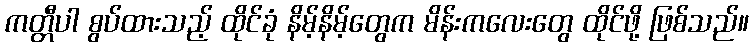
ကတ္တီပါ စွပ်ထားသည့် ထိုင်ခုံ နိမ့်နိမ့်တွေက မိန်းကလေးတွေ ထိုင်ဖို့ ဖြစ်သည်။